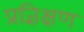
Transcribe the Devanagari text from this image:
प्रज्ञिक्षण